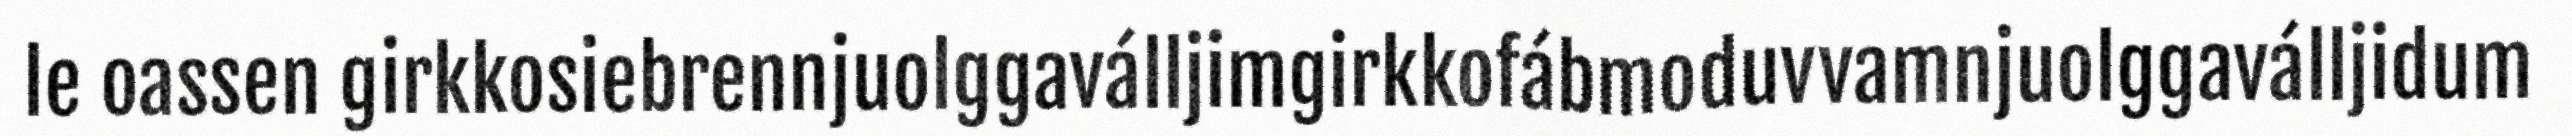
le oassen girkkosiebrennjuolggaválljimgirkkofábmoduvvamnjuolggaválljidum